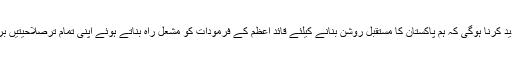
ہمیں اس عہد کی تجدید کرنا ہوگی کہ ہم پاکستان کا مستقبل روشن بنانے کیلئے قائد اعظم کے فرمودات کو مشعل راہ بناتے ہوئے اپنی تمام ترصلاحیتیں بروئے کار لائیں گے۔